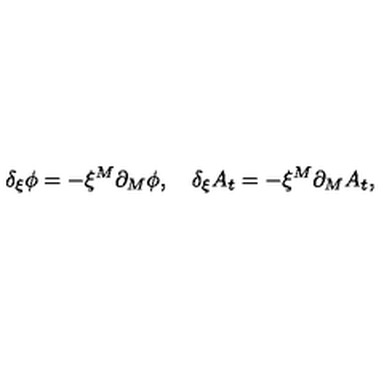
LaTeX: \delta _ { \xi } \phi = - \xi ^ { M } \partial _ { M } \phi , \quad \delta _ { \xi } A _ { t } = - \xi ^ { M } \partial _ { M } A _ { t } ,